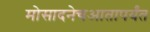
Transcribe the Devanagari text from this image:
मोसादनेचआतापर्यंत